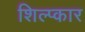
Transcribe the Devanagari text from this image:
शिल्प्कार